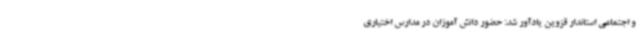
و اجتماعی استاندار قزوین یادآور شد: حضور دانش آموزان در مدارس اختیاری